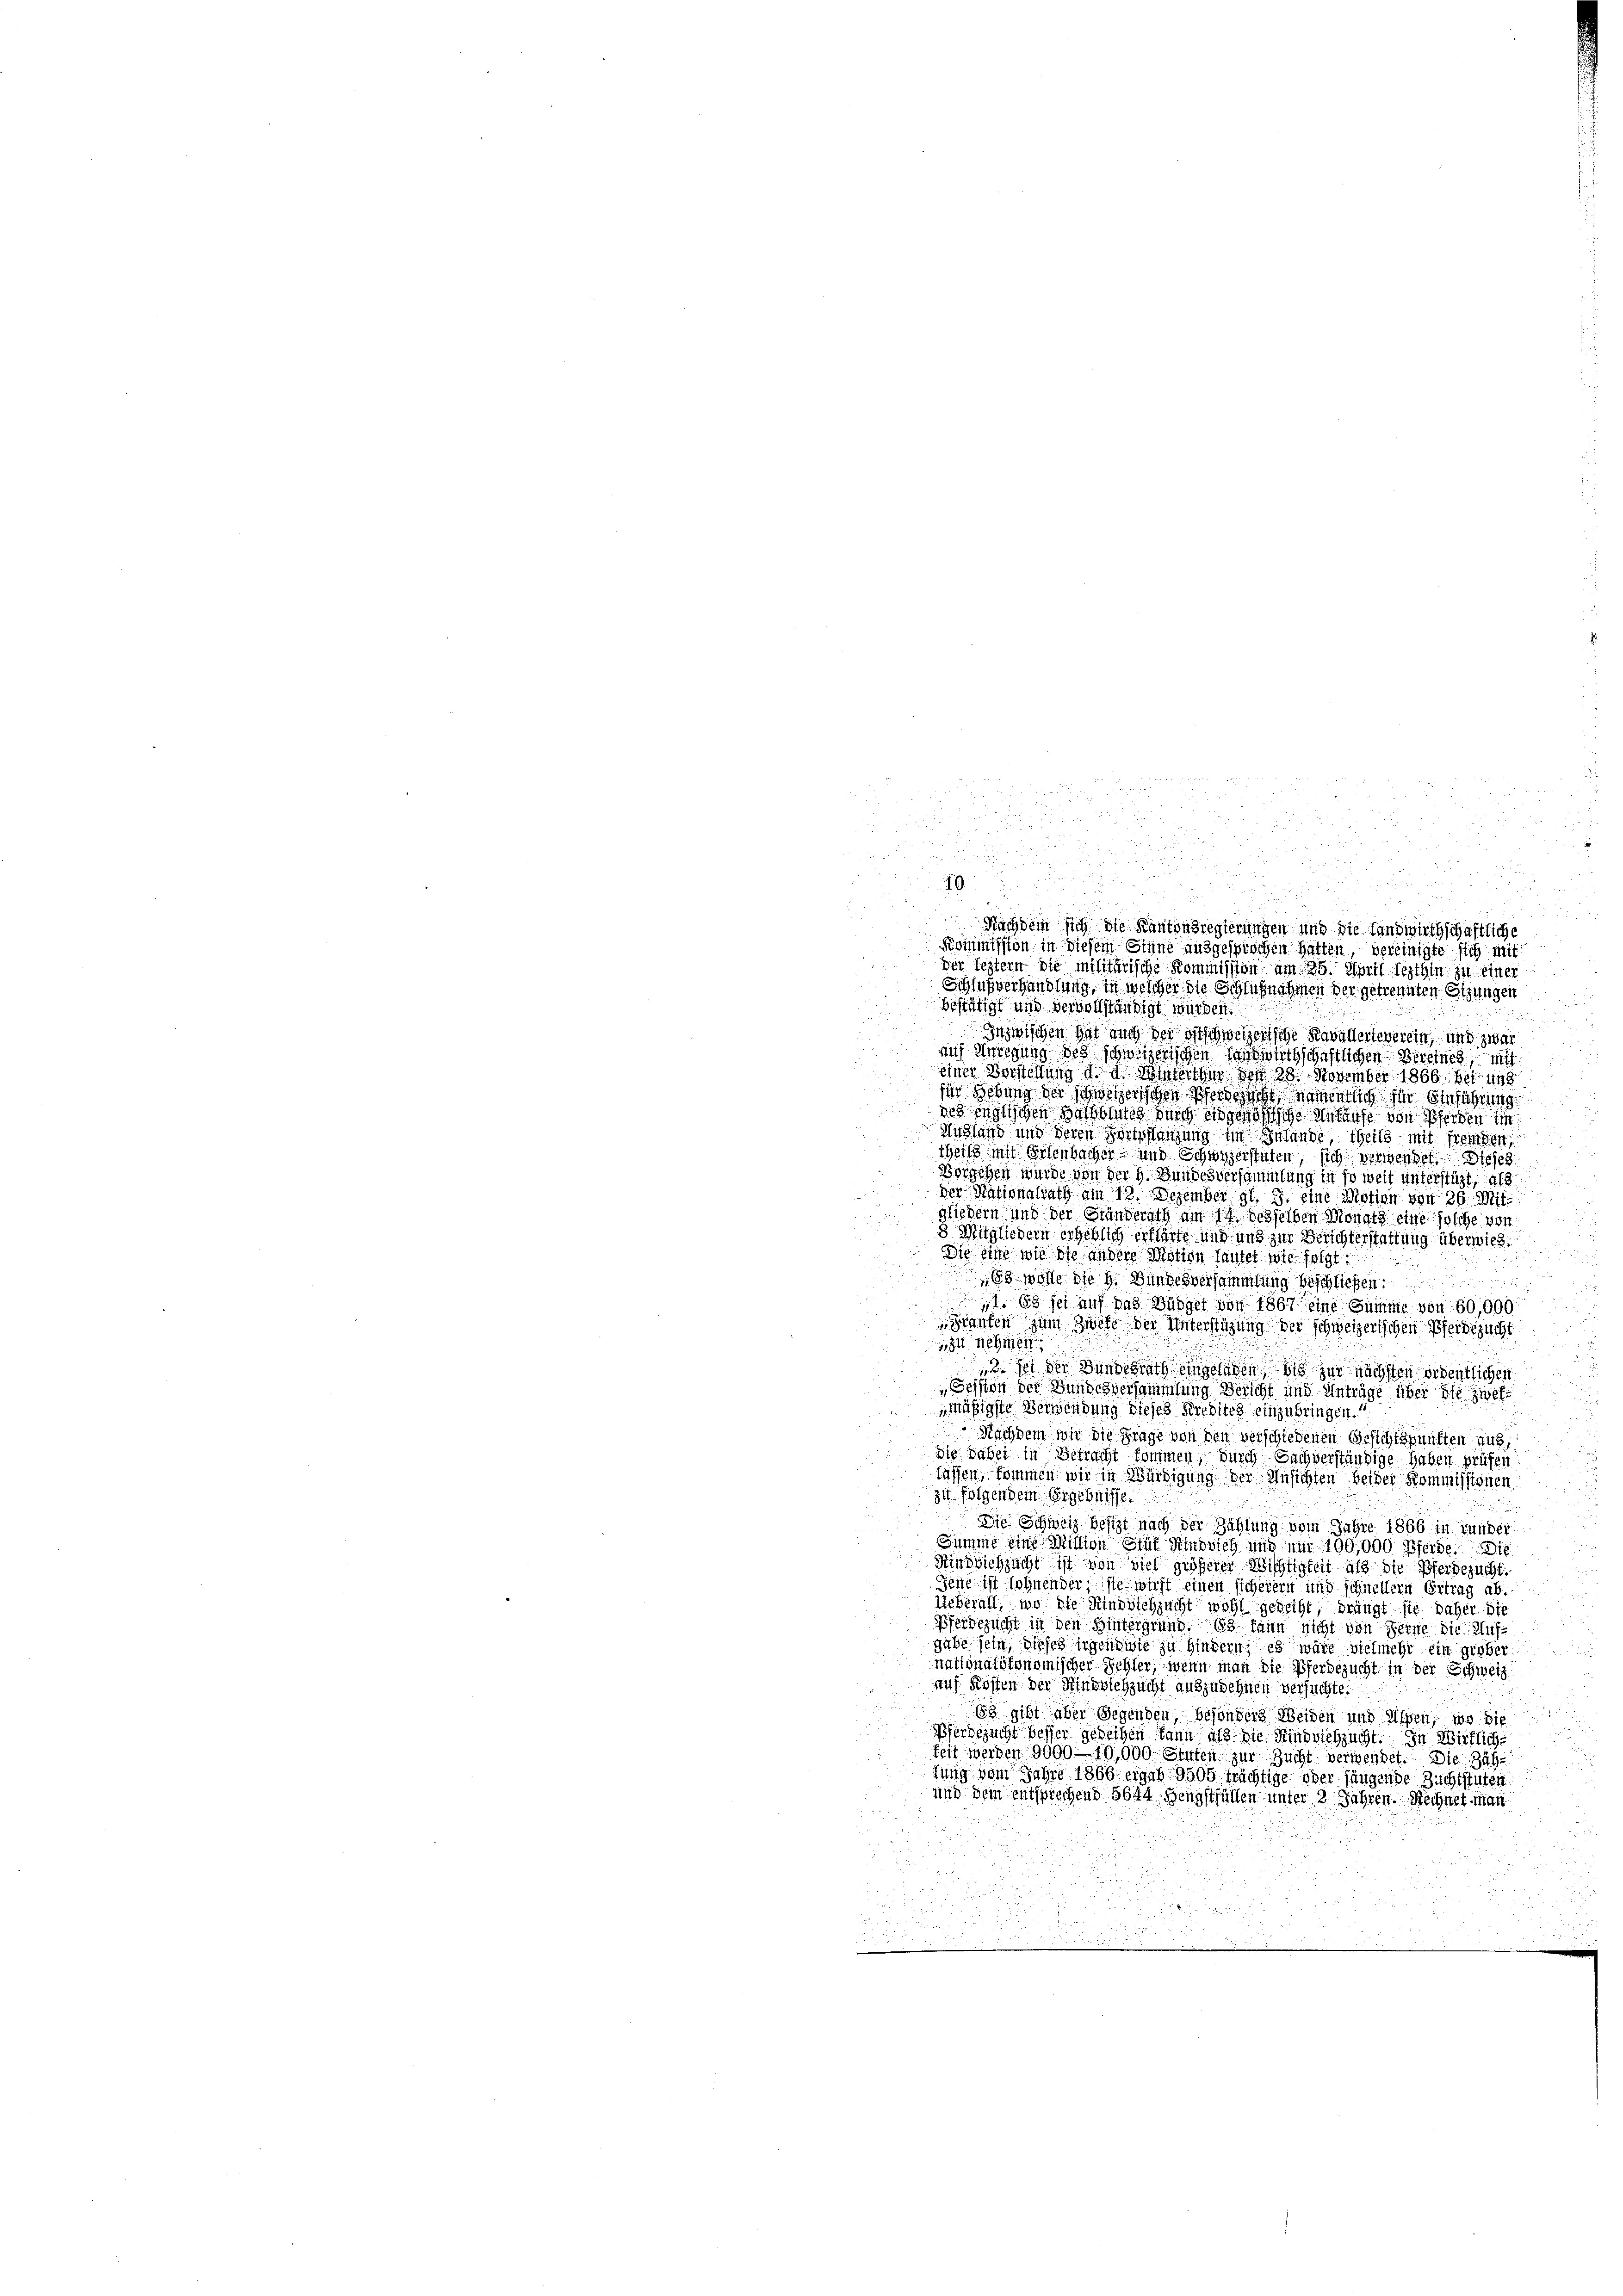
0

Nachdem sich die Kantonsregierungen und die Landwirthschaftliche
Kommission in diesem Sinne ausgesprochen hatten, vereinigte sich mit
der leztern die militärische Kommission am 25. April lezthin zu einer
Schlußverhandlung, in welcher die Schlußnahmen der getrennten Sitzungen
bestätigt und vervollständigt wurden.
Inzwischen hat auch der oft schweizen siche Kavallerieverein, und zwar
auf Anregung des schweizerischen Handwirtschaftlichen Bereines, mit
einer Vorstellung d. d. Winterthur von 28. November 1866 bei uns
fi Gebung der schweizerischen Pferdeiche namentlich für Einführung
des englischen Buchblutes durch eidgenößische Ankäufe von Pferden im
Andland und deren Fortpflanzung im Inlande, theils mit fremden,
theil mit Eisenbacher und Schwyzerstaten, sich verwendet se
Vorgehen wurde von der H. Bundesversammlung in so weit unterstüzt, als
der Nationalrath am 13. Dezember gl. J. eine Motion von 26. Mitgliedern und der Standerath am 14. desselben Monats eine solche von
3 Mitgliedern erheblich erklärte und und zur Berichterstattung überwiese
Die eine wie die andere Motion lautet wie folgt:
68 wölle die h. Bundesversammlung beschließen.
1. 63 sei auf das Bürger von 1867 eine Summe von 60,000
Pranten zum Zweit der Unterstützung der schweizerischen Pferdezucht
zit nehmen
. sei der Bundesrath eingelnden, bis zur nächsten ordentlichen
Session der Bundesversammlung Bericht und Anträge über die zweimäsigste Verwendung dieses Kredites einzubringen.
Nachdem wir die Frage von den verschiedenen Gesichtspunkten aus,
die dabei in Betracht kommen, durch Sachverständige haben prüfen
laffen, kommen wir in Würdigung der Ansichten beider Kommissionen
zu folgendem Ergebnisse
Die Schweiz Besizt nach der Zählung vom Jahre 1866 in runder
Summe eine Mitten Stük Rindvieh und mir 100,000 Pferde die
Rindviehzucht ist von viel größerer Wichtigkeit als die Pferdezucht.
Jene ist sohnenderste wicht einen sicherern und schnellern Ertrag ab.
Ueberall, wo die Rindviehzucht wohl gedeiht, drängt sie daher die
Pferdezucht in den Hintergrund. Es kann nicht von Ferne die Aufgabe sein, dieses irgendwie zu hindern, es wäre vielmehr ein grober
nationalökonomischer Sehler, wenn man die Pferdezucht in der Schweiz
auf Kosten der Hinsichsucht auszudehnen versuchte.
83 gibt aber Gegenden, besonders Weiden und Alpen, wo die
Pferdezucht besser geweihen kann als die Rindviehzucht. In Wirklich
keit werden 9000—10,000 Stufen zur Zucht verwendet. Die Zah
fung vom Jahre 1866 ergab 9505 trächtige oder fängende Zuchtstuten
und dem entsprechend 5644. Hengstfüllen unter 2 Jahren. Rechnet man
n